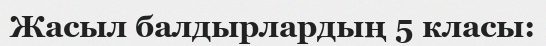
Жасыл балдырлардың 5 класы: